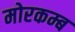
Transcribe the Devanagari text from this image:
मोरकम्ब